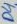
Text: D4